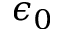
\epsilon _ { 0 }